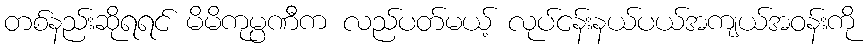
တစ်နည်းဆိုရရင် မိမိကုမ္ပဏီက လည်ပတ်မယ့် လုပ်ငန်းနယ်ပယ်အကျယ်အဝန်းကို